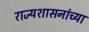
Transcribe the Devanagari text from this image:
राज्यशासनांच्या